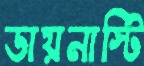
ডায়নাস্টি